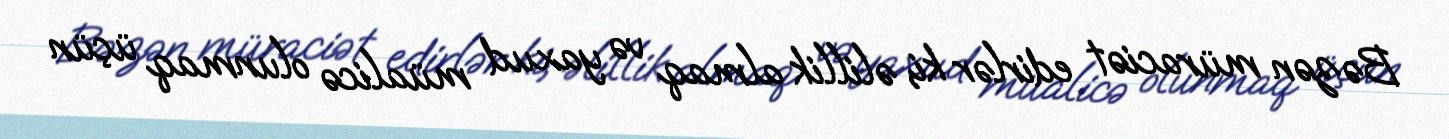
Bəzən müraciət edirlər ki, əlillik almaq və yaxud müalicə olunmaq üçün